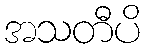
အသတီပိ